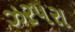
ઝરપરા